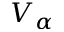
V _ { \alpha }